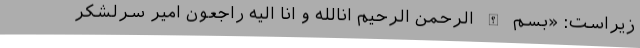
زیراست: «بسم الله الرحمن الرحیم انالله و انا الیه راجعون امیر سرلشکر